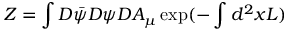
{ \cal Z } = \int D \bar { \psi } D \psi D A _ { \mu } \exp ( - \int d ^ { 2 } x { \cal L } )